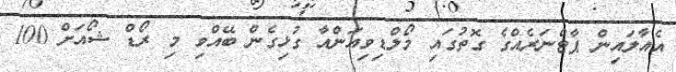
އެއާލައިން ޕާޓްނަރެއްގެ ގޮތުގައި މޯލްޑިވިއަންއާ ގުޅިގެން ބޭއްވި މި ރޯޑް ޝޯއަށް 100